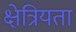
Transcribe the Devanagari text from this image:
क्षेत्रियता